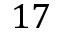
1 7